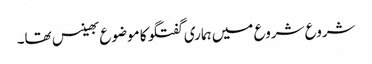
شروع شروع میں ہماری گفتگو کا موضوع بھینس تھا۔